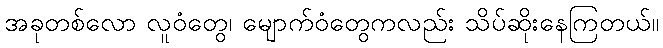
အခုတစ်လော လူဝံတွေ၊ မျောက်ဝံတွေကလည်း သိပ်ဆိုးနေကြတယ်။